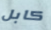
كابل